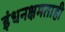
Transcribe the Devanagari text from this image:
इंधनक्षमताही